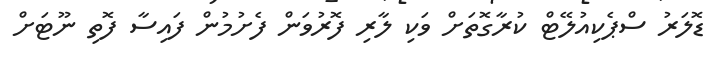
ޑޮލަރު ސްޕެކިއުލޭޓް ކުރާގޮތަށް ވަކި ލާރި ފޮރުވަން ފެށުމުން ފައިސާ ފޮތި ނޫޓަށް